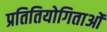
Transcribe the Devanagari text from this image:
प्रतितियोगिताओं